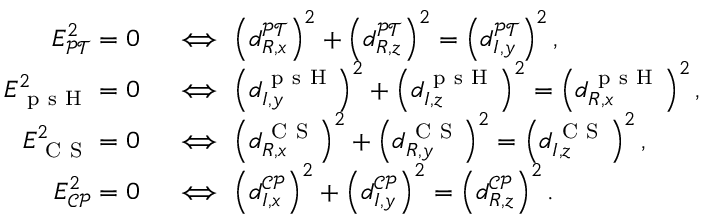
\begin{array} { r l } { E _ { \mathcal { P T } } ^ { 2 } = 0 } & { { } \iff \left( d _ { R , x } ^ { \mathcal { P T } } \right) ^ { 2 } + \left( d _ { R , z } ^ { \mathcal { P T } } \right) ^ { 2 } = \left( d _ { I , y } ^ { \mathcal { P T } } \right) ^ { 2 } , } \\ { E _ { \mathrm { ~ p ~ s ~ H ~ } } ^ { 2 } = 0 } & { { } \iff \left( d _ { I , y } ^ { \mathrm { ~ p ~ s ~ H ~ } } \right) ^ { 2 } + \left( d _ { I , z } ^ { \mathrm { ~ p ~ s ~ H ~ } } \right) ^ { 2 } = \left( d _ { R , x } ^ { \mathrm { ~ p ~ s ~ H ~ } } \right) ^ { 2 } , } \\ { E _ { \mathrm { ~ C ~ S ~ } } ^ { 2 } = 0 } & { { } \iff \left( d _ { R , x } ^ { \mathrm { ~ C ~ S ~ } } \right) ^ { 2 } + \left( d _ { R , y } ^ { \mathrm { ~ C ~ S ~ } } \right) ^ { 2 } = \left( d _ { I , z } ^ { \mathrm { ~ C ~ S ~ } } \right) ^ { 2 } , } \\ { E _ { \mathcal { C P } } ^ { 2 } = 0 } & { { } \iff \left( d _ { I , x } ^ { \mathcal { C P } } \right) ^ { 2 } + \left( d _ { I , y } ^ { \mathcal { C P } } \right) ^ { 2 } = \left( d _ { R , z } ^ { \mathcal { C P } } \right) ^ { 2 } . } \end{array}